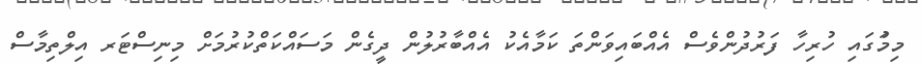
މިމަުގައި ހުރިހާ ފަރުދުންވެސް އެއްބައިވަންތަ ކަމާއެކު އެއްބާރުލުން ދީގެން މަސައްކަތްކުރުމަށް މިނިސްޓަރ އިލްތިމާސް